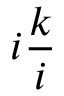
i { \frac { k } { i } }